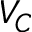
V _ { C }